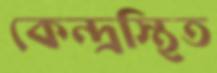
কেন্দ্রস্থিত